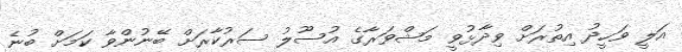
އަލީ ވަހީދު އިތުރަށް ވިދާޅުވީ މަޝްވަރާގެ އުސޫލު ސަރުކާރަށް ބޭނުންވާ ކަމަށް ބުނެ